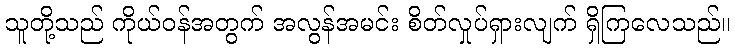
သူတို့သည် ကိုယ်ဝန်အတွက် အလွန်အမင်း စိတ်လှုပ်ရှားလျက် ရှိကြလေသည်။